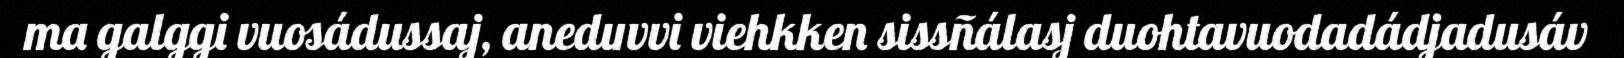
ma galggi vuosádussaj, aneduvvi viehkken sissñálasj duohtavuodadádjadusáv